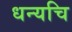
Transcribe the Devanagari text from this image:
धन्यचि